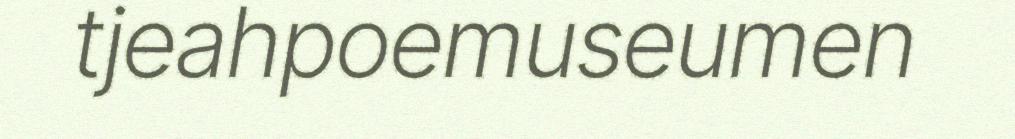
tjeahpoemuseumen